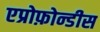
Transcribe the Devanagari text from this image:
एप्रोफ़ोन्डीस